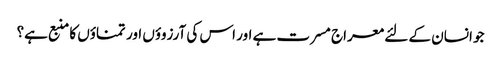
جو انسان کے لئے معراج مسرت ہے اور اس کی آرزوؤں اور تمناؤں کا منبع ہے؟